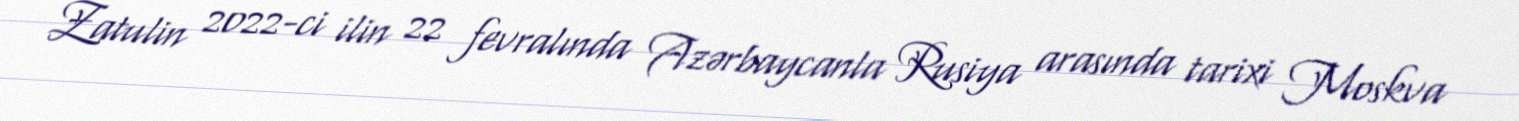
Zatulin 2022-ci ilin 22 fevralında Azərbaycanla Rusiya arasında tarixi Moskva